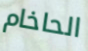
الحاخام